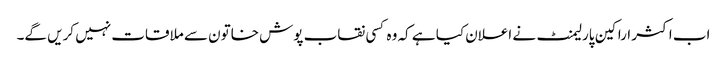
اب اکثر اراکین پارلیمنٹ نے اعلان کیا ہے کہ وہ کسی نقاب پوش خاتون سے ملاقات نہیں کریں گے۔